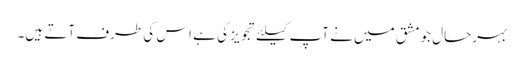
بہرحال جو مشق میں نے آپ کیلئے تجویز کی ہے اس کی طرف آتے ہیں۔